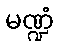
မဏ္ဍံ